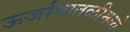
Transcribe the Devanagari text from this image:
ऊर्जापातळीमध्ये